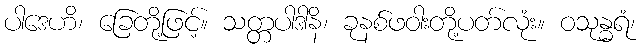
ပါဒေဟိ၊ ခြေတို့ဖြင့်။ သတ္တပါဒါနိ၊ ခုနစ်ဖဝါးတို့ပတ်လုံး။ ဝသုန္ဓရံ၊